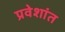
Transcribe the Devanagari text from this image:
प्रवेशांत